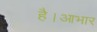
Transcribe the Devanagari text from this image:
है।आभार